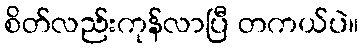
စိတ်လည်းကုန်လာပြီ တကယ်ပဲ။